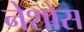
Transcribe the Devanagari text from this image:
नेशोस